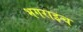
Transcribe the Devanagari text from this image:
भगराइच